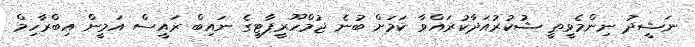
ނަޝީދު ނިންމެވީތީ ޝުކުރުއަދާކުރައްވާ ކަމަށް ބުނެ ޖުމްހޫރީޕާޓީގެ ނައިބް ރައީސް އަމީން އިބްރާހިމް